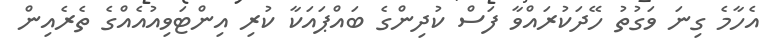
އެހާމެ ގިނަ ވަގުތު ހޭދަކުރައްވާ ފަސް ކުދިންގެ ބައްޕައަކާ ކުރި އިންޓަވިއުއެއްގެ ތެރެއިން